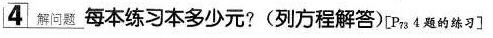
4 解问题 每本练习本多少元?(列方程解答)[P_{73} 4题的练习]